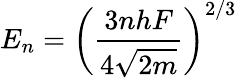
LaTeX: E_{n}=\left({\frac{3nhF}{4{\sqrt{2m}}}}\right)^{2/3}